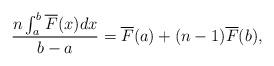
LaTeX: \begin{align*}\frac{n\int_{a}^{b}\overline{F}(x)dx}{b-a} = \overline{F}(a)+(n-1)\overline{F}(b),\end{align*}